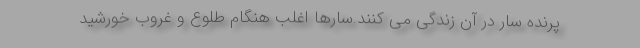
پرنده سار در آن زندگی می کنند.سارها اغلب هنگام طلوع و غروب خورشید